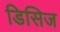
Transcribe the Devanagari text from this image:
डिसिज